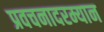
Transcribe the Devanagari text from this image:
प्रवचनादरम्यान